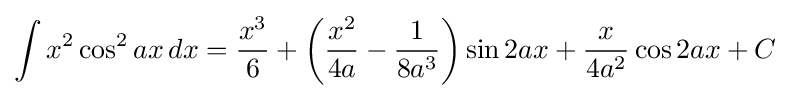
\int x^{2}\cos ^{2}{ax}\,dx={\frac {x^{3}}{6}}+\left({\frac {x^{2}}{4a}}-{\frac {1}{8a^{3}}}\right)\sin 2ax+{\frac {x}{4a^{2}}}\cos 2ax+C